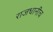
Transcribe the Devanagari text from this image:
राजधानीच